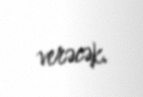
verəcək.